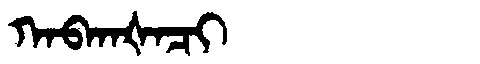
Manchu: ᡴᠠᠪᡴᠠᡧᠠᠴᡳ
Romanization: KABKAŠACI